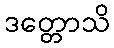
ဒတ္တောသိ